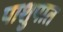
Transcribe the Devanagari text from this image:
पाशुपात